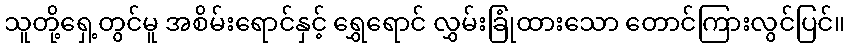
သူတို့ရှေ့တွင်မူ အစိမ်းရောင်နှင့် ရွှေရောင် လွှမ်းခြုံထားသော တောင်ကြားလွင်ပြင်။